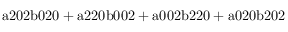
\mathrm { a 2 0 2 b 0 2 0 + a 2 2 0 b 0 0 2 + a 0 0 2 b 2 2 0 + a 0 2 0 b 2 0 2 }